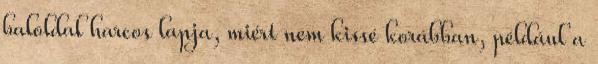
baloldal harcos lapja, miért nem kissé korábban, például a